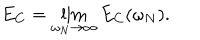
E _ { C } = \lim _ { \omega _ { N } \rightarrow \infty } E _ { C } ( \omega _ { N } ) .